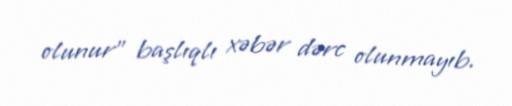
olunur” başlıqlı xəbər dərc olunmayıb.